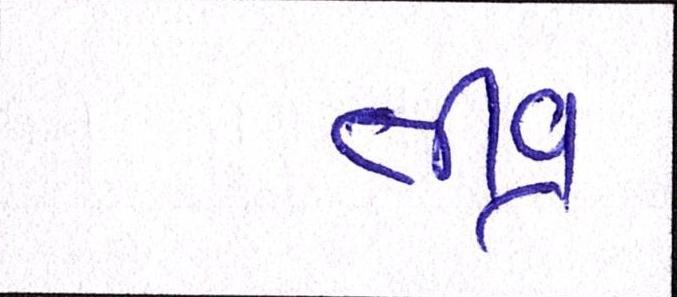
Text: તીવ્ર